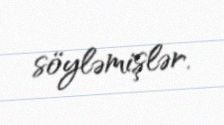
söyləmişlər.